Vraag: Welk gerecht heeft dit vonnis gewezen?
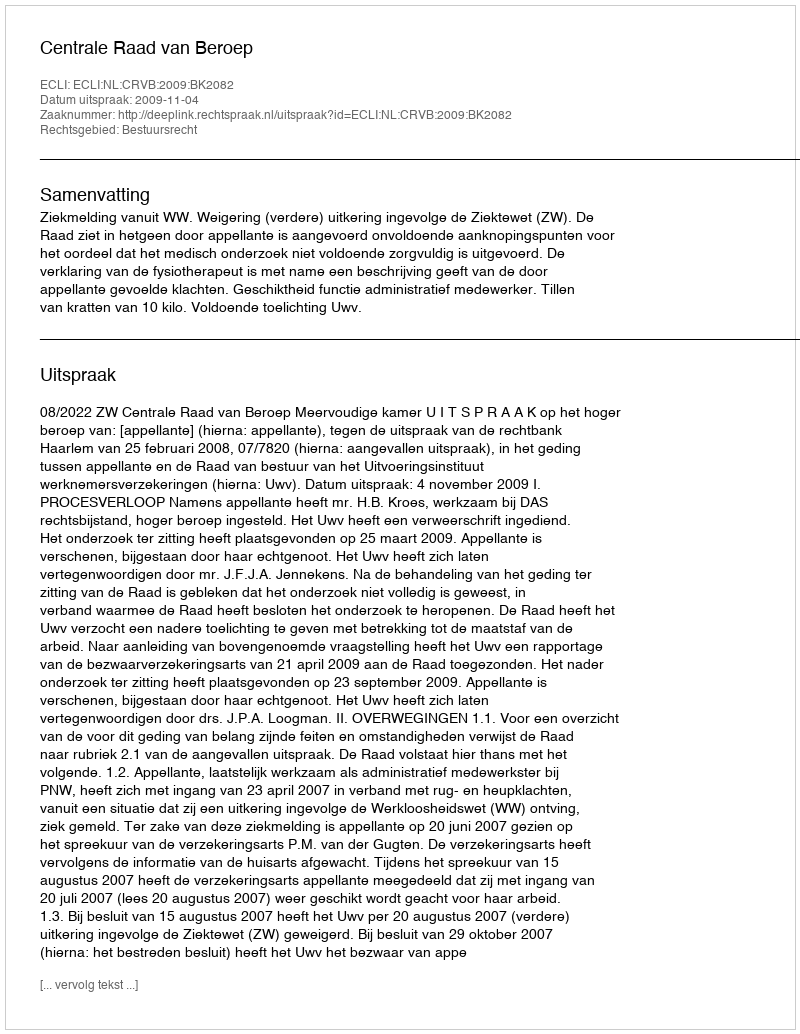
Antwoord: Centrale Raad van Beroep